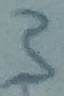
Text: 3